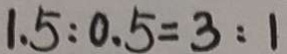
1 . 5 : 0 . 5 = 3 : 1